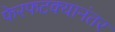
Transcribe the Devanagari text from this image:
फेरफटक्यानंतर